Civil Veterinary Dept. Bombay admin report 1923-31 - 1923-1931
Year: 1923
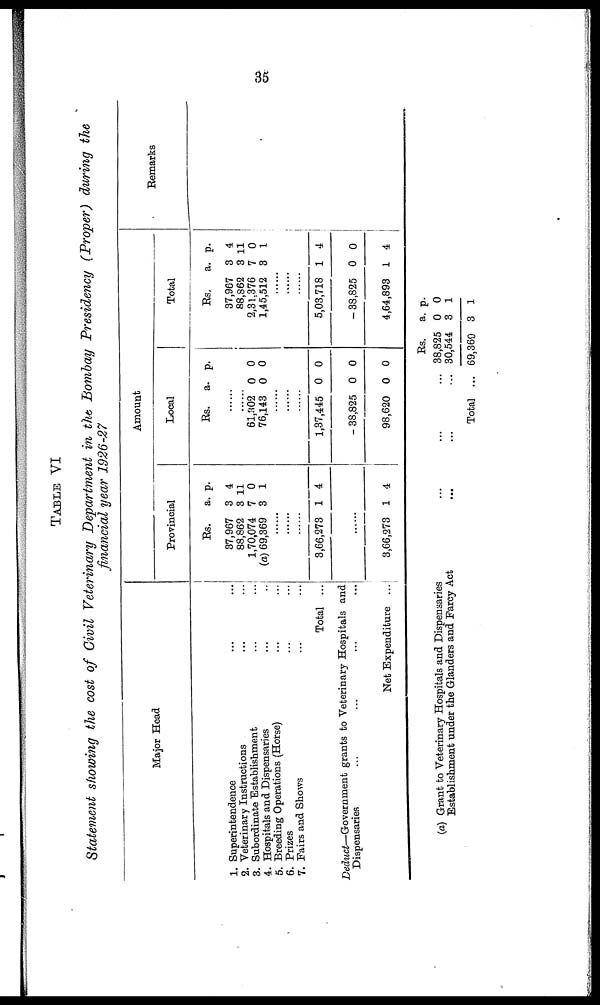
35
TABLE
VI
Statement showing the cost of Civil Veterinary Department in the Bombay Presidency (Proper) during the
financial year 1926-27
Major Head
1. Superintendence ... ...
2. Veterinary Instructions ... ...
3. Subordinate Establishment ... ...
4. Hospitals and Dispensaries ... ...
5. Breeding Operations (Horse) ... ...
6. Prizes ... ...
7. Fairs and Shows ... ...
Total ...
Deduct—Government
grants to Veterinary Hospitals and
Dispensaries ... ... ... ... ... ...
Net Expenditure ...
Amount
Provincial
Rs.
37,967
88,862
1,70,074
(a) 69,369
a.
3
3
7
3
p.
4
11
0
1
......
......
......
3,66,273 1 4
......
3,66,273 1 4
Local
Rs. a. p.
......
......
61,302
76,143
0
0
0
0
......
......
......
1,37,445
- 38,825
98,620
0
0
0
0
0
0
Total
Rs.
37,967
88,862
2,31.376
1,45,512
a.
3
3
7
3
p.
4
11
0
1
......
......
......
5,03,718
-38,825
4,64,893
1
0
1
4
0
4
Remarks
(a) Grant to Veterinary Hospitals and Dispensaries
Establishment under the Glanders and Farcy Act
...
...
...
...
...
...
Total ...
Rs.
38,825
30,544
69,369
a.
0
3
3
p.
0
1
1